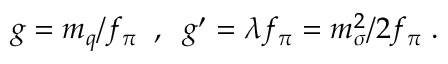
g = m _ { q } / f _ { \pi } \; \; , \; \; g ^ { \prime } = \lambda f _ { \pi } = m _ { \sigma } ^ { 2 } / 2 f _ { \pi } \; .